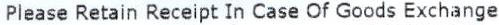
PLEASE RETAIN RECEIPT IN CASE OF GOODS EXCHANGE